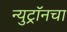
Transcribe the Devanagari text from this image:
न्युट्रॉनचा